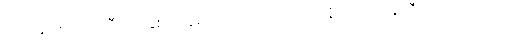
အယံမဟာပထဝီ၊ ဤနှစ်သိန်းလေးသောင်းအထုရှိသောမြေကြီးသည်။ ဥဒကေ၊